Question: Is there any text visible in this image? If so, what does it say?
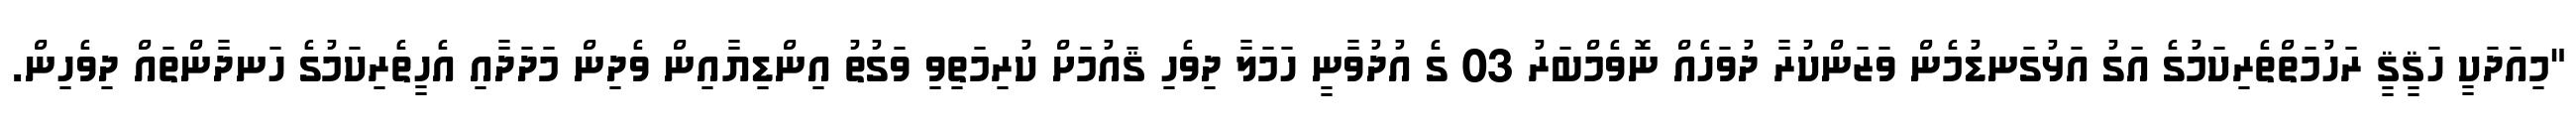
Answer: "މިއަދަކީ ހަޤީޤީ ރަހުމަތްތެރިކަމުގެ އަގު އަޅުގަނޑުމެން ވަޒަންކުރާ ދުވަހެއް ނޮވެމްބަރު 03 ގެ އުދުވާނީ ހަމަލާ ދިވެހި ޤައުމަށް ކުރިމަތިވި ވަގުތު އިންޑިޔާއިން ވެދިން މަދަދާއި އެހީތެރިކަމުގެ ހަނދާންތައް ދިވެހިން.